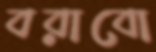
বরাবো